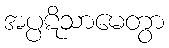
အပ္ပဋိသာမေတွာ